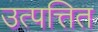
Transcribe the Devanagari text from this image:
उत्पत्तित